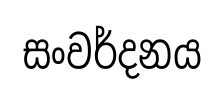
සංවර්දනය